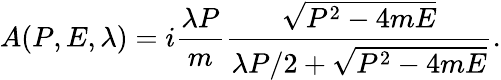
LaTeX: A(P,E,\lambda)=i{\frac{\lambda P}{m}}{\frac{\sqrt{P^{2}-4mE}}{{\lambda P/2}+\sqrt{P^{2}-4mE}}}.